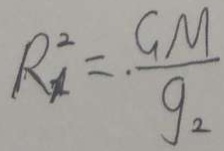
R _ { 1 } ^ { 2 } = \frac { G M } { g _ { 2 } }